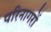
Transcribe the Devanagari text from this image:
परिनागरों